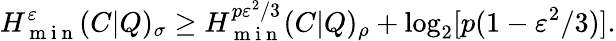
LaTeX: H_{\mathrm{~m~i~n~}}^{\varepsilon}(C|Q)_{\sigma}\geq H_{\mathrm{~m~i~n~}}^{p\varepsilon^{2}/3}(C|Q)_{\rho}+\log_{2}[p(1-\varepsilon^{2}/3)].